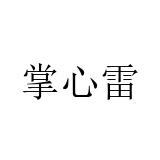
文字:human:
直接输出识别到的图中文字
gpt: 掌心雷